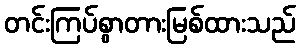
တင်းကြပ်စွာတားမြစ်ထားသည်